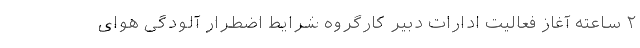
۲ ساعته آغاز فعالیت ادارات دبیر کارگروه شرایط اضطرار آلودگی هوای